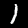
Digit: 1